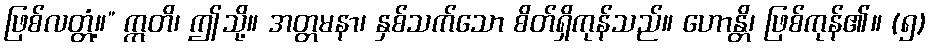
ဖြစ်လတ္တံ့။” ဣတိ၊ ဤသို့။ အတ္တမနာ၊ နှစ်သက်သော စိတ်ရှိကုန်သည်။ ဟောန္တိ၊ ဖြစ်ကုန်၏။ (၅)